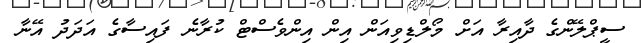
ސީޕްލޭންގެ ދާއިރާ އަށް މޯލްޑިވިއަން އިން އިންވެސްޓް ކުރާނެ ފައިސާގެ އަދަދު އޭނާ